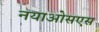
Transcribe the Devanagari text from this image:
नयाओसएस